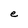
Character: e